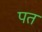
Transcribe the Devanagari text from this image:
पतं